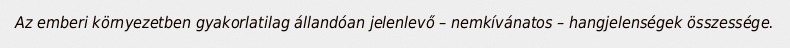
Az emberi környezetben gyakorlatilag állandóan jelenlevő – nemkívánatos – hangjelenségek összessége.